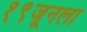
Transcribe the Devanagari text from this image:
१९जूनला